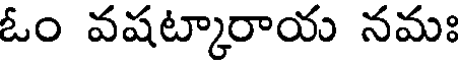
ఓం వషట్కారాయ నమః